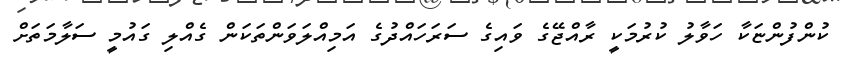
ކުންފުންޏަކާ ހަވާލު ކުރުމަކީ ރާއްޖޭގެ ވައިގެ ސަރަހައްދުގެ އަމިއްލަވަންތަކަން ގެއްލި ގައުމީ ސަލާމަތަށް